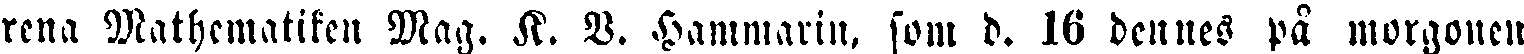
rena Mathematiken Mag. K. V. Hammarin, som d. 16 dennes på morgonen